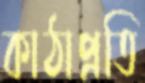
কাঠাপ্রতি